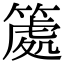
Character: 𥱿